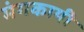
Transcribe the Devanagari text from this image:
मंगकायी